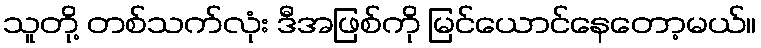
သူတို့ တစ်သက်လုံး ဒီအဖြစ်ကို မြင်ယောင်နေတော့မယ်။